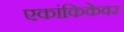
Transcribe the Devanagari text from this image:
एकांकिकेवर